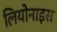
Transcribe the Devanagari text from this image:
लियोनाइस